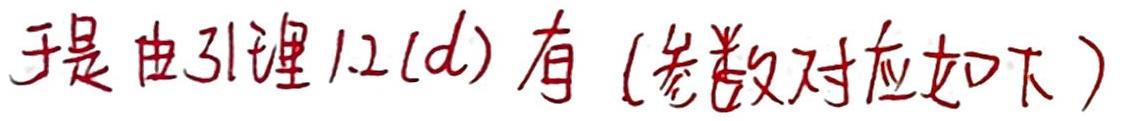
于是由引理 1.2(d) 有 (参数对应如下)